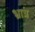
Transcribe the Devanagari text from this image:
भ्रात्र